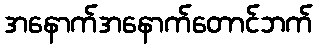
အနောက်အနောက်တောင်ဘက်